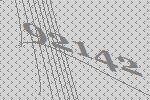
92142